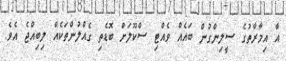
އާ އިމާރާތުގެ ސީލިންގުން ބައެއް ވެއްޓި ސްކޫލަށް ބޮޑެތި ގެއްލުންތަކެއް ލިބިއްޖެ އެވެ.